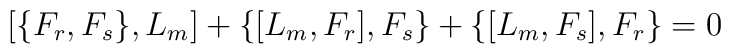
\left [ \{F_r, F_s\}, L_m\right] + \{ [ L_m, F_r],F_s \} + \{ [ L_m,F_s],F_r\} = 0